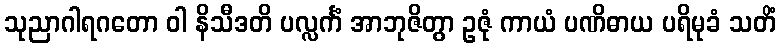
သုညာဂါရဂတော ဝါ နိသီဒတိ ပလ္လင်္ကံ အာဘုဇိတွာ ဥဇုံ ကာယံ ပဏိဓာယ ပရိမုခံ သတိံ